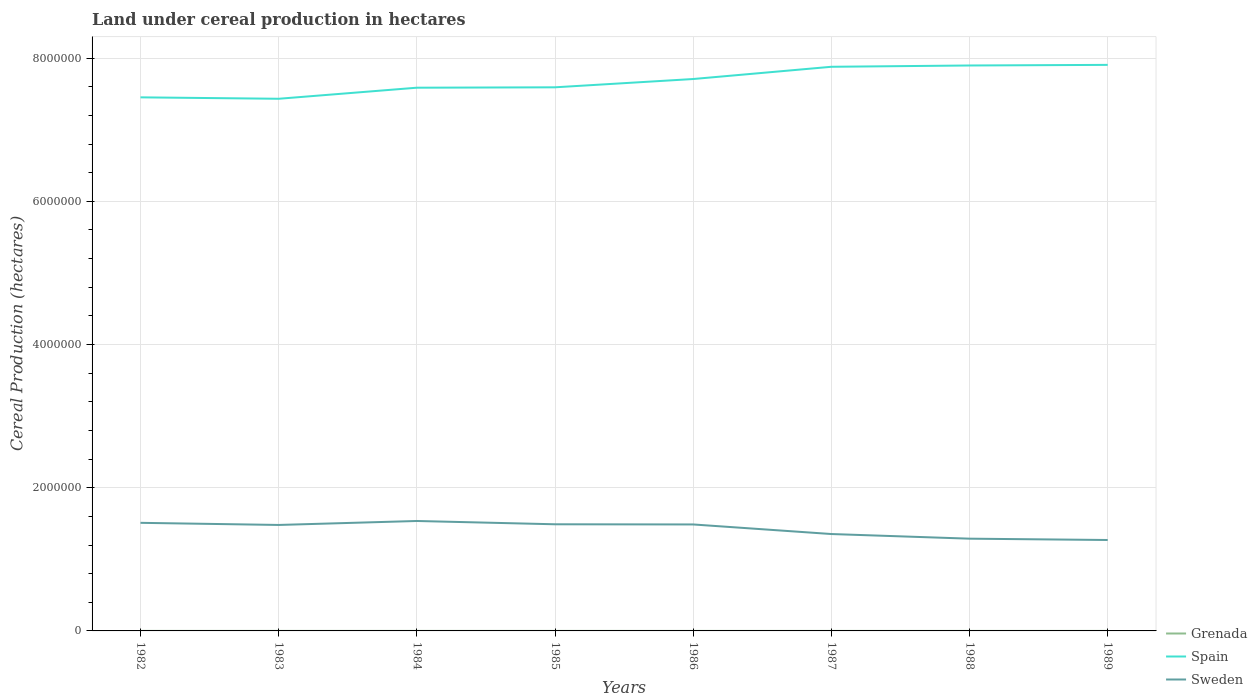
| Years | Grenada | Spain | Sweden |
 | --- | --- | --- | --- |
 | 1982 | 470 | 7.45e+06 | 1.51e+06 |
 | 1983 | 414 | 7.43e+06 | 1.48e+06 |
 | 1984 | 414 | 7.59e+06 | 1.54e+06 |
 | 1985 | 410 | 7.59e+06 | 1.49e+06 |
 | 1986 | 250 | 7.71e+06 | 1.49e+06 |
 | 1987 | 250 | 7.88e+06 | 1.35e+06 |
 | 1988 | 250 | 7.9e+06 | 1.29e+06 |
 | 1989 | 255 | 7.91e+06 | 1.27e+06 |